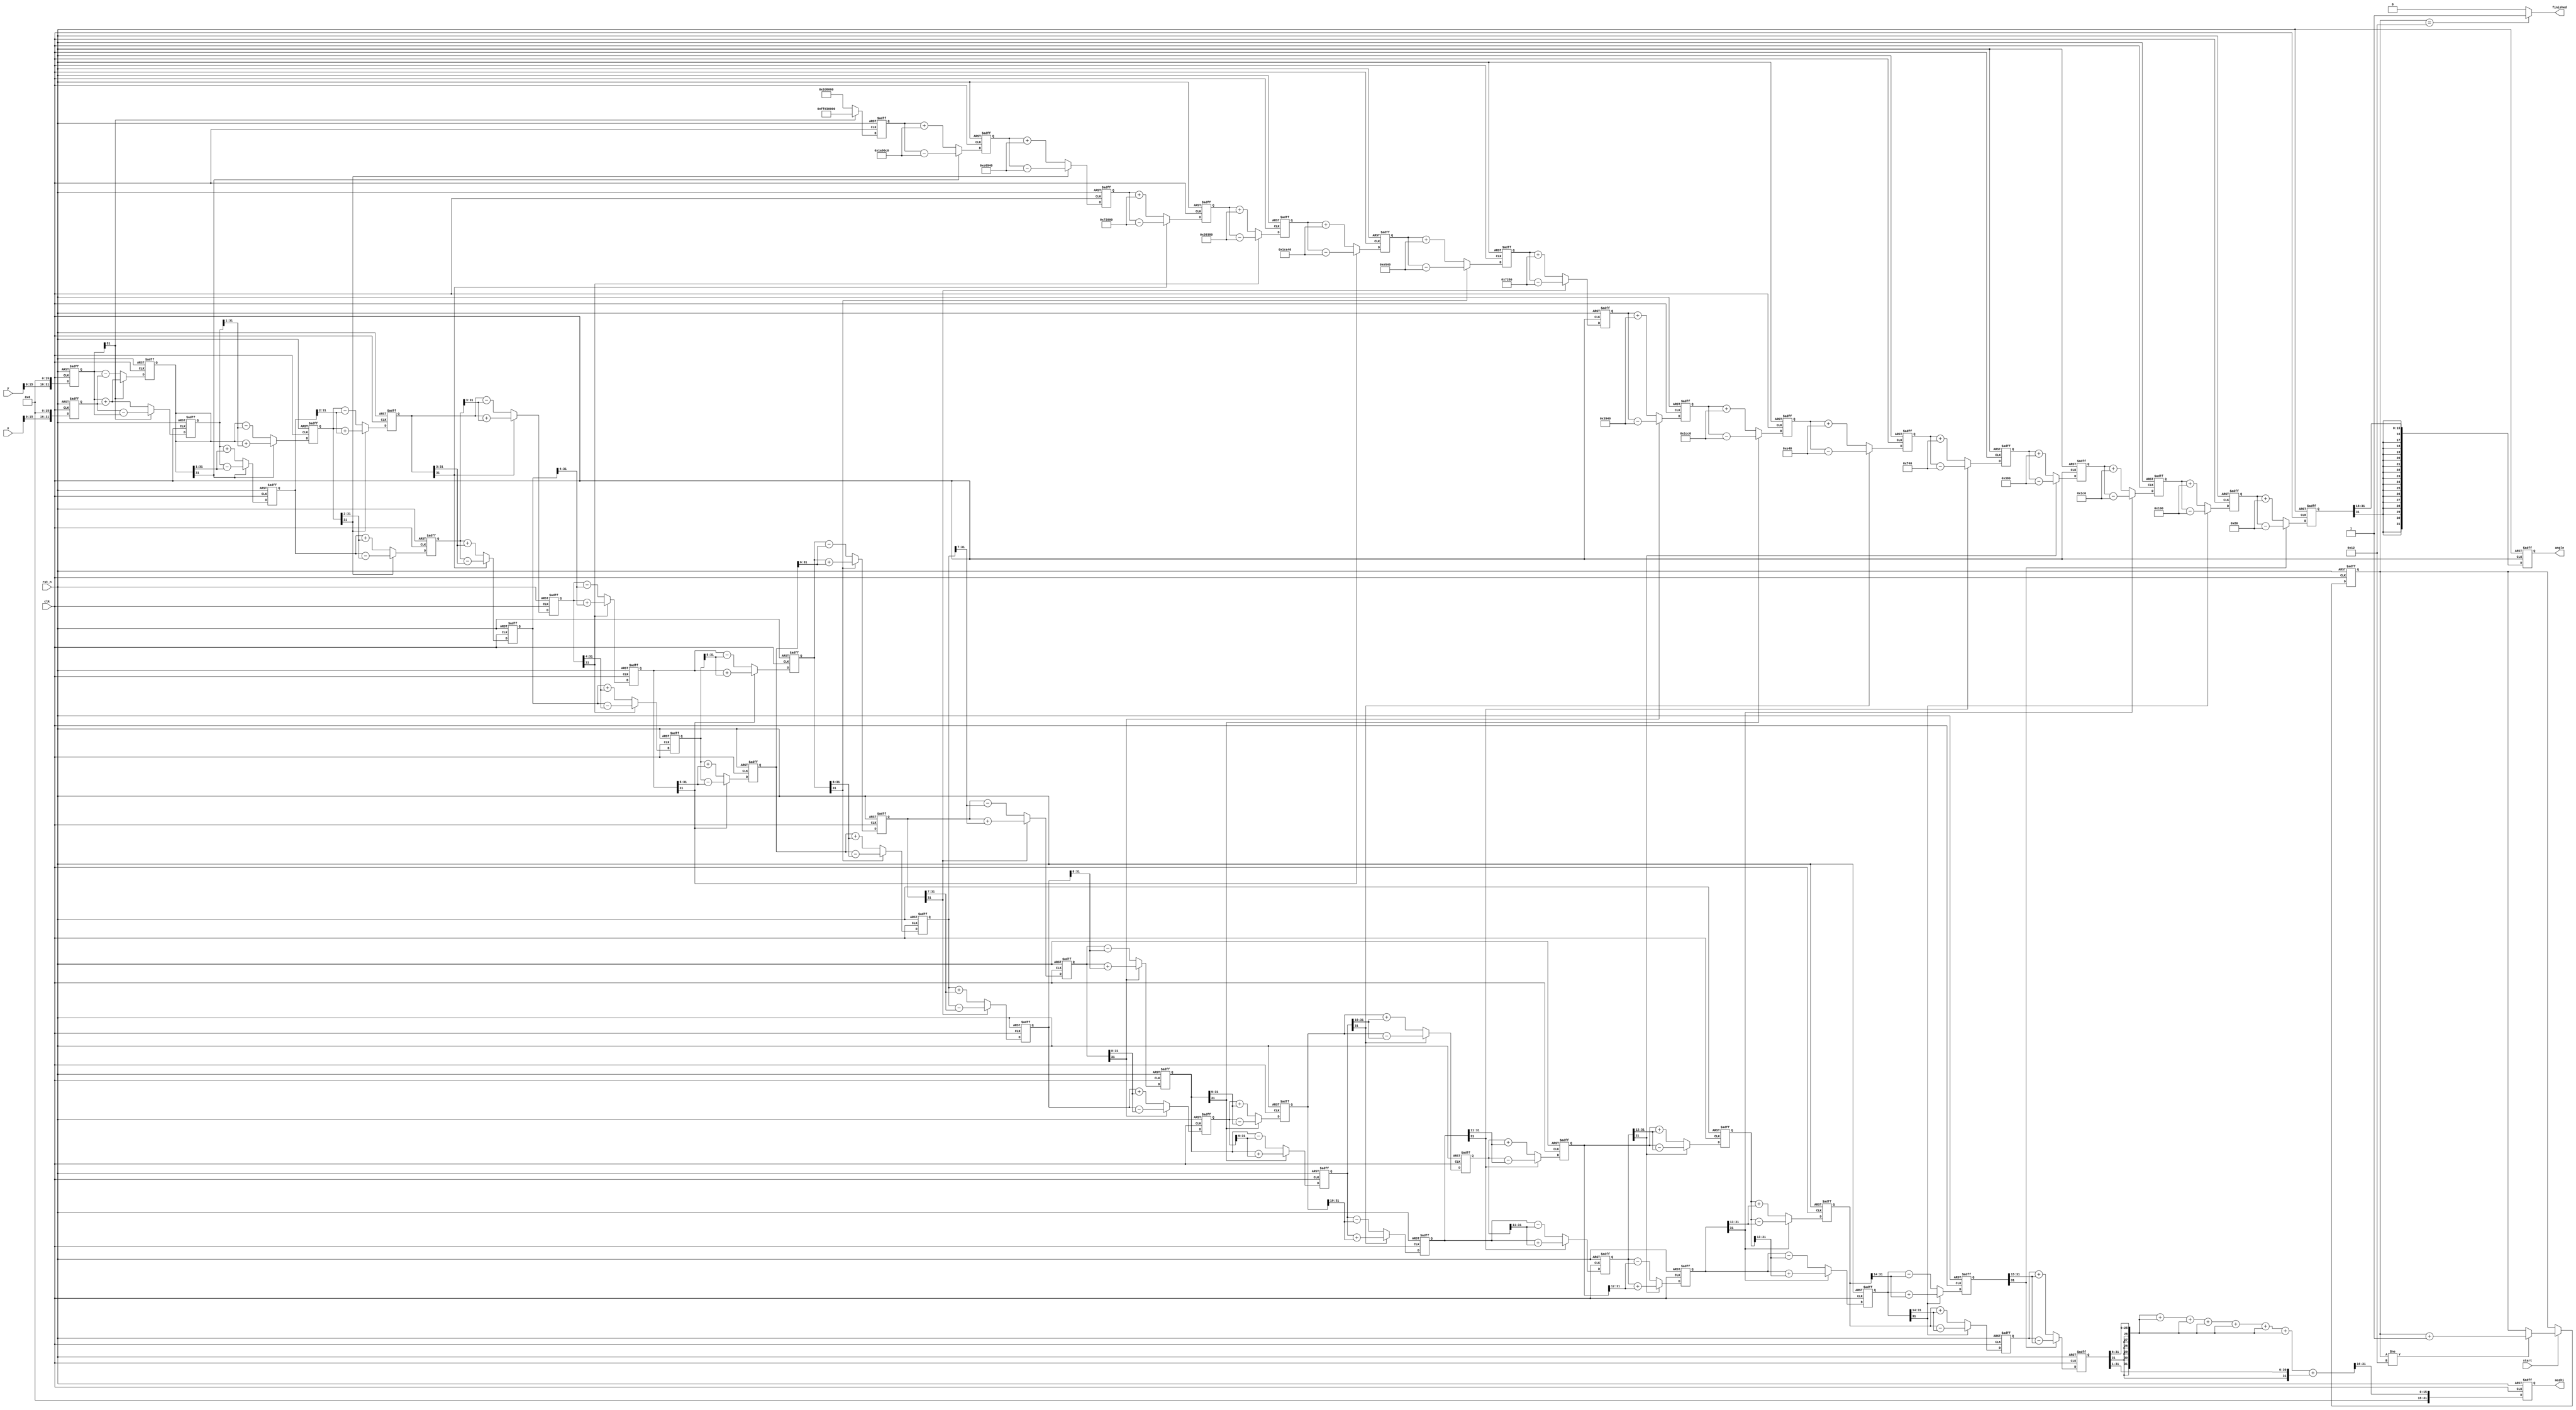
//*********************************************************
//(x,y)

//:X.
//
//xK
//*********************************************************

module cordic(
input 	wire 					clk,
input 	wire 					rst_n,
input	wire signed [31:0]		x,
input	wire signed [31:0]		y,
input	wire 					start,
output 	reg signed[31:0]	angle,
output 	reg signed[31:0]	mozhi,
output	wire 					finished
);

parameter angle_0 = 32'd2949120;		//45*2^16
parameter angle_1 = 32'd1740992;     //26.5651*2^16
parameter angle_2 = 32'd919872;      //14.0362*2^16
parameter angle_3 = 32'd466944;      //7.1250*2^16
parameter angle_4 = 32'd234368;      //3.5763*2^16
parameter angle_5 = 32'd117312;     //1.7899*2^16
parameter angle_6 = 32'd58688;      //0.8952*2^16
parameter angle_7 = 32'd29312;      //0.4476*2^16
parameter angle_8 = 32'd14656;      //0.2238*2^16
parameter angle_9 = 32'd7360;      //0.1119*2^16
parameter angle_10 = 32'd3648;      //0.0560*2^16
parameter angle_11 = 32'd1856;	    //0.0280*2^16
parameter angle_12 = 32'd896;      //0.0140*2^16
parameter angle_13 = 32'd448;      //0.0070*2^16
parameter angle_14 = 32'd256;      //0.0035*2^16
parameter angle_15 = 32'd128;      //0.0018*2^16

parameter pipeline = 16;
parameter K = 32'h09b74;			//0.607253*2^16,

// reg signed [31:0] Sin;
// reg signed [31:0] Cos;

reg signed 	[31:0] 		x0 =0,y0 =0,z0 =0;
reg signed 	[31:0] 		x1 =0,y1 =0,z1 =0;
reg signed 	[31:0] 		x2 =0,y2 =0,z2 =0;
reg signed 	[31:0] 		x3 =0,y3 =0,z3 =0;
reg signed 	[31:0] 		x4 =0,y4 =0,z4 =0;
reg signed 	[31:0] 		x5 =0,y5 =0,z5 =0;
reg signed 	[31:0] 		x6 =0,y6 =0,z6 =0;
reg signed 	[31:0] 		x7 =0,y7 =0,z7 =0;
reg signed 	[31:0] 		x8 =0,y8 =0,z8 =0;
reg signed 	[31:0] 		x9 =0,y9 =0,z9 =0;
reg signed 	[31:0] 		x10=0,y10=0,z10=0;
reg signed 	[31:0] 		x11=0,y11=0,z11=0;
reg signed 	[31:0] 		x12=0,y12=0,z12=0;
reg signed 	[31:0] 		x13=0,y13=0,z13=0;
reg signed 	[31:0] 		x14=0,y14=0,z14=0;
reg signed 	[31:0] 		x15=0,y15=0,z15=0;
reg signed 	[31:0] 		x16=0,y16=0,z16=0;

reg  [4:0]           count;

always@(posedge clk or negedge rst_n)begin
	if(!rst_n)
		count <= 'b0;
	else if(start)begin
		if(count != 5'd18)
			count <= count + 1'b1;
		else 
			count <= count;
	end
end

assign finished = (count == 5'd18)?1'b1:1'b0;

always@(posedge clk or negedge rst_n)begin
	if(!rst_n)begin
		x0 <= 'b0;
		y0 <= 'b0;
		z0 <= 'b0;

	end
	
	else begin
		x0 <= x<<<16;
		y0 <= y<<<16;
		z0 <= 'b0;
	end
end 

always@(posedge clk or negedge rst_n)begin//
	if(!rst_n)begin
		x1 <= 'b0;
		y1 <= 'b0;
		z1 <= 'b0;
	end
	else if(!y0[31]) begin					//Ay
		x1 <= x0 + y0;
		y1 <= y0 - x0;
		z1 <= z0 + angle_0;
	end
	else begin
		x1 <= x0 - y0;
		y1 <= y0 + x0;
		z1 <= z0 - angle_0;		
	end
end 

always@(posedge clk or negedge rst_n)begin//
	if(!rst_n)begin
		x2 <= 'b0;
		y2 <= 'b0;
		z2 <= 'b0;
	end
	else if(!y1[31]) begin
		x2 <= x1 + (y1>>>1);
		y2 <= y1 - (x1>>>1);
		z2 <= z1 + angle_1;
	end
	else begin
		x2 <= x1 - (y1>>>1);
		y2 <= y1 + (x1>>>1);
		z2 <= z1 - angle_1;	
	end
end 

always@(posedge clk or negedge rst_n)begin//3
	if(!rst_n)begin
		x3 <= 'b0;
		y3 <= 'b0;
		z3 <= 'b0;
	end
	else if(!y2[31]) begin
		x3 <= x2 + (y2>>>2);
		y3 <= y2 - (x2>>>2);
		z3 <= z2 + angle_2;
	end
	else begin
		x3 <= x2 - (y2>>>2);
		y3 <= y2 + (x2>>>2);
		z3 <= z2 - angle_2;	
	end
end 

always@(posedge clk or negedge rst_n)begin//4
	if(!rst_n)begin
		x4 <= 'b0;
		y4 <= 'b0;
		z4 <= 'b0;
	end
	else if(!y3[31]) begin
		x4 <= x3 + (y3>>>3);
		y4 <= y3 - (x3>>>3);
		z4 <= z3 + angle_3;
	end
	else begin
		x4 <= x3 - (y3>>>3);
		y4 <= y3 + (x3>>>3);
		z4 <= z3 - angle_3;	
	end
end 

always@(posedge clk or negedge rst_n)begin//5
	if(!rst_n)begin
		x5 <= 'b0;
		y5 <= 'b0;
		z5 <= 'b0;
	end
	else if(!y4[31]) begin
		x5 <= x4 + (y4>>>4);
		y5 <= y4 - (x4>>>4);
		z5 <= z4 + angle_4;
	end
	else begin
		x5 <= x4 - (y4>>>4);
		y5 <= y4 + (x4>>>4);
		z5 <= z4 - angle_4;	
	end
end 

always@(posedge clk or negedge rst_n)begin//6
	if(!rst_n)begin
		x6 <= 'b0;
		y6 <= 'b0;
		z6 <= 'b0;
	end
	else if(!y5[31]) begin
		x6 <= x5 + (y5>>>5);
		y6 <= y5 - (x5>>>5);
		z6 <= z5 + angle_5;
	end
	else begin
		x6 <= x5 - (y5>>>5);
		y6 <= y5 + (x5>>>5);
		z6 <= z5 - angle_5;	
	end
end 

always@(posedge clk or negedge rst_n)begin//7
	if(!rst_n)begin
		x7 <= 'b0;
		y7 <= 'b0;
		z7 <= 'b0;
	end
	else if(!y6[31]) begin
		x7 <= x6 + (y6>>>6);
		y7 <= y6 - (x6>>>6);
		z7 <= z6 + angle_6;
	end
	else begin
		x7 <= x6 - (y6>>>6);
		y7 <= y6 + (x6>>>6);
		z7 <= z6 - angle_6;	
	end
end 

always@(posedge clk or negedge rst_n)begin//8
	if(!rst_n)begin
		x8 <= 'b0;
		y8 <= 'b0;
		z8 <= 'b0;
	end
	else if(!y7[31]) begin
		x8 <= x7 + (y7>>>7);
		y8 <= y7 - (x7>>>7);
		z8 <= z7 + angle_7;
	end
	else begin
		x8 <= x7 - (y7>>>7);
		y8 <= y7 + (x7>>>7);
		z8 <= z7 - angle_7;	
	end
end 

always@(posedge clk or negedge rst_n)begin//9
	if(!rst_n)begin
		x9 <= 'b0;
		y9 <= 'b0;
		z9 <= 'b0;
	end
	else if(!y8[31]) begin
		x9 <= x8 + (y8>>>8);
		y9 <= y8 - (x8>>>8);
		z9 <= z8 + angle_8;
	end
	else begin
		x9 <= x8 - (y8>>>8);
		y9 <= y8 + (x8>>>8);
		z9 <= z8 - angle_8;	
	end
end 

always@(posedge clk or negedge rst_n)begin//10
	if(!rst_n)begin
		x10 <= 'b0;
		y10 <= 'b0;
		z10 <= 'b0;
	end
	else if(!y9[31]) begin
		x10 <= x9 + (y9>>>9);
		y10 <= y9 - (x9>>>9);
		z10 <= z9 + angle_9;
	end
	else begin
		x10 <= x9 - (y9>>>9);
		y10 <= y9 + (x9>>>9);
		z10 <= z9 - angle_9;	
	end
end 

always@(posedge clk or negedge rst_n)begin//11
	if(!rst_n)begin
		x11 <= 'b0;
		y11 <= 'b0;
		z11 <= 'b0;
	end
	else if(!y10[31]) begin
		x11 <= x10 + (y10>>>10);
		y11 <= y10 - (x10>>>10);
		z11 <= z10 + angle_10;
	end
	else begin
		x11 <= x10 - (y10>>>10);
		y11 <= y10 + (x10>>>10);
		z11 <= z10 - angle_10;	
	end
end 

always@(posedge clk or negedge rst_n)begin//12
	if(!rst_n)begin
		x12 <= 'b0;
		y12 <= 'b0;
		z12 <= 'b0;
	end
	else if(!y11[31]) begin
		x12 <= x11 + (y11>>>11);
		y12 <= y11 - (x11>>>11);
		z12 <= z11 + angle_11;
	end
	else begin
		x12 <= x11 - (y11>>>11);
		y12 <= y11 + (x11>>>11);
		z12 <= z11 - angle_11;	
	end
end 

always@(posedge clk or negedge rst_n)begin//13
	if(!rst_n)begin
		x13 <= 'b0;
		y13 <= 'b0;
		z13 <= 'b0;
	end
	else if(!y12[31]) begin
		x13 <= x12 + (y12>>>12);
		y13 <= y12 - (x12>>>12);
		z13 <= z12 + angle_12;
	end
	else begin
		x13 <= x12 - (y12>>>12);
		y13 <= y12 + (x12>>>12);
		z13 <= z12 - angle_12;	
	end
end 

always@(posedge clk or negedge rst_n)begin//14
	if(!rst_n)begin
		x14 <= 'b0;
		y14 <= 'b0;
		z14 <= 'b0;
	end
	else if(!y13[31]) begin
		x14 <= x13 + (y13>>>13);
		y14 <= y13 - (x13>>>13);
		z14 <= z13 + angle_13;
	end
	else begin
		x14 <= x13 - (y13>>>13);
		y14 <= y13 + (x13>>>13);
		z14 <= z13 - angle_13;	
	end
end 

always@(posedge clk or negedge rst_n)begin//15
	if(!rst_n)begin
		x15 <= 'b0;
		y15 <= 'b0;
		z15 <= 'b0;
	end
	else if(!y14[31]) begin
		x15 <= x14 + (y14>>>14);
		y15 <= y14 - (x14>>>14);
		z15 <= z14 + angle_14;
	end
	else begin
		x15 <= x14 - (y14>>>14);
		y15 <= y14 + (x14>>>14);
		z15 <= z14 - angle_14;	
	end
end 

always@(posedge clk or negedge rst_n)begin//16
	if(!rst_n)begin
		x16 <= 'b0;
		y16 <= 'b0;
		z16 <= 'b0;
	end
	else if(!y15[31]) begin
		x16 <= x15 + (y15>>>15);
		y16 <= y15 - (x15>>>15);
		z16 <= z15 + angle_15;
	end
	else begin
		x16 <= x15 - (y15>>>15);
		y16 <= y15 + (x15>>>15);
		z16 <= z15 - angle_15;	
	end
end 

wire[31:0]  mozhi_tmp;
wire[31:0]  mozhi_tmp1;
wire[31:0]  mozhi_tmp2;

assign mozhi_tmp = x16>>>6;
assign mozhi_tmp1 = mozhi_tmp+mozhi_tmp+mozhi_tmp+mozhi_tmp+mozhi_tmp+mozhi_tmp+mozhi_tmp;
assign mozhi_tmp2 = x16>>>1;


always@(posedge clk or negedge rst_n)begin
	if(!rst_n)begin
		mozhi <= 'b0;
		angle <= 'b0;
	end
	else begin
        mozhi 	= (mozhi_tmp1 + mozhi_tmp2)>>>16;
		angle 	= z16>>>16;
	end
end 

endmodule